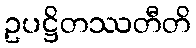
ဥပဋ္ဌိတဿတီတိ